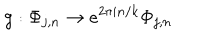
g : \Phi _ { j , n } \to e ^ { 2 \pi i n / k } \Phi _ { j , n }